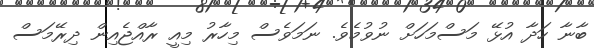
ބާނާ ހަދާ އުޅޭ މަސްމަހަށް ނުވުމެވެ. ނަމަވެސް މިހާރު މިއީ ރާއްޖެއިން ދިރޭމަސް